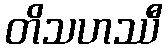
တိသဟဿီ